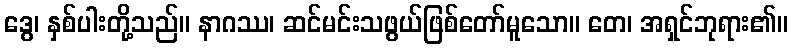
ဒွေ၊ နှစ်ပါးတို့သည်။ နာဂဿ၊ ဆင်မင်းသဖွယ်ဖြစ်တော်မူသော။ တေ၊ အရှင်ဘုရား၏။